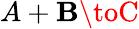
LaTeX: A+\mathbf{B}\toC